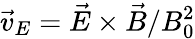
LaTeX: \vec{v}_{E}=\vec{E}\times\vec{B}/B_{0}^{2}